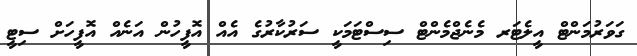
ގަވަރުމަންޓް އީލެޓަރ މެނެޖްމެންޓް ސިސްޓަމަކީ ސަރުކާރުގެ އެއް އޮފީހުން އަނެއް އޮފީހަށް ސިޓީ